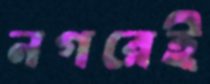
নগরেই